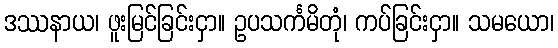
ဒဿနာယ၊ ဖူးမြင်ခြင်းငှာ။ ဥပသင်္ကမိတုံ၊ ကပ်ခြင်းငှာ။ သမယော၊